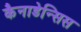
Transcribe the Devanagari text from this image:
कैनाडेन्सिस